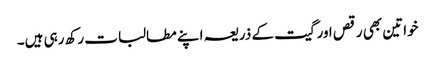
خواتین بھی رقص اورگیت کے ذریعہ اپنے مطالبات رکھ رہی ہیں۔